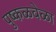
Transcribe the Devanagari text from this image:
पुष्कळवेळा